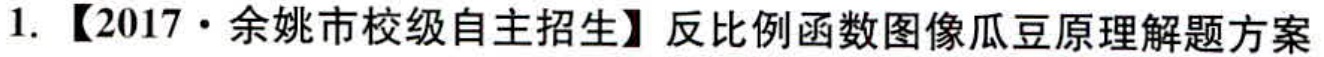
1. 【2017·余姚市校级自主招生】反比例函数图像瓜豆原理解题方案